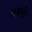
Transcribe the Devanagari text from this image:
लबंगी